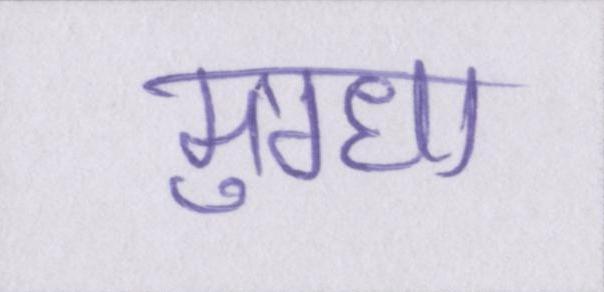
मुग्धा